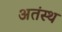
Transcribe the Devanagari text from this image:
अतंस्थ